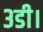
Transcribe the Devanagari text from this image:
३डी।